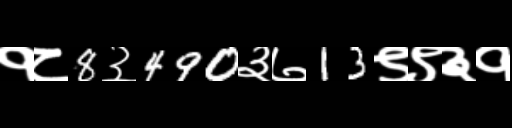
Text: १८8३490३७13९९३१